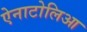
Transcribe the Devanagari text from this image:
ऐनाटोलिआ